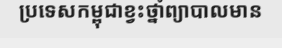
ប្រទេសកម្ពុជាខ្វះថ្នាំព្យាបាលមាន